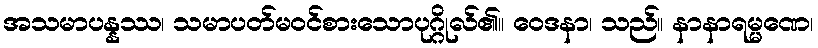
အသမာပန္နဿ၊ သမာပတ်မဝင်စားသောပုဂ္ဂိုလ်၏။ ဝေဒနာ၊ သည်။ နာနာရမ္မဏေ၊